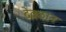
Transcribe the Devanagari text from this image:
देवळान